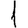
Digit: 1